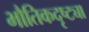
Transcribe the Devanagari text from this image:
भौतिकदृष्ट्या